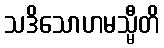
သဒိသောဟမသ္မီတိ